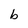
Character: b